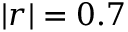
\left| \boldsymbol { r } \right| = 0 . 7